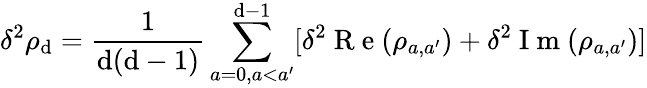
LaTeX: \delta^{2}\rho_{\mathrm{d}}=\frac{{1}}{{\mathrm{d}(\mathrm{d}-1)}}\sum_{a=0,a<a^{\prime}}^{\mathrm{d}-1}[\delta^{2}\mathrm{{~R~e~}}(\rho_{a,a^{\prime}})+\delta^{2}\mathrm{{~I~m~}}(\rho_{a,a^{\prime}})]